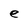
Character: e